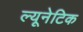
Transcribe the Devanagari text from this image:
ल्यूनेटिक